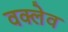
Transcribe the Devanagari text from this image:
वक्लेव